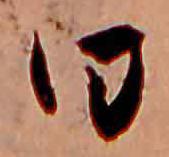
日